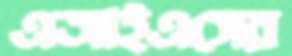
এআইএসের